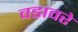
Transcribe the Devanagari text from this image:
वडावरे